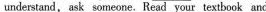
understand, ask someone. Read your textbook and